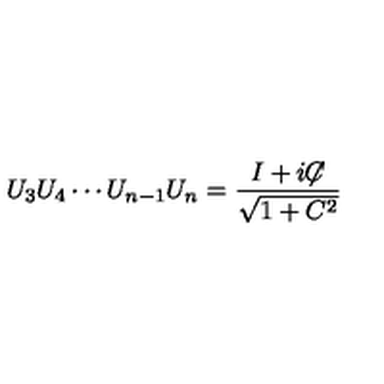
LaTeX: U _ { 3 } U _ { 4 } \cdots U _ { n - 1 } U _ { n } = { \frac { I + i { \not \! \! C } } { \sqrt { 1 + C ^ { 2 } } } }